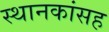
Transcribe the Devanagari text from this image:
स्थानकांसह